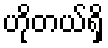
ဟိုတယ်ရှိ